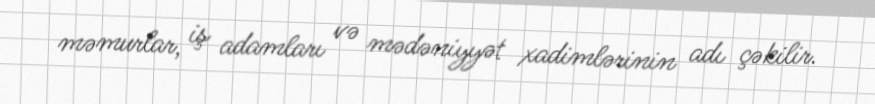
məmurlar, iş adamları və mədəniyyət xadimlərinin adı çəkilir.